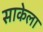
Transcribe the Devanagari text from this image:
साकेला